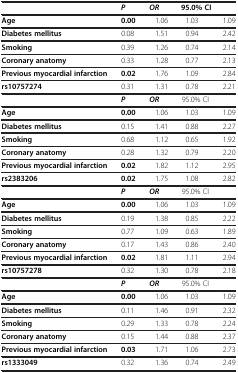
|  | P | OR | 95.0% CI |  |
 | --- | --- | --- | --- | --- |
 | Age | 0.00 | 1.06 | 1.03 | 1.09 |
 | Diabetes mellitus | 0.08 | 1.51 | 0.94 | 2.42 |
 | Smoking | 0.39 | 1.26 | 0.74 | 2.14 |
 | Coronary anatomy | 0.33 | 1.28 | 0.77 | 2.13 |
 | Previous myocardial infarction | 0.02 | 1.76 | 1.09 | 2.84 |
 | rs10757274 | 0.31 | 1.31 | 0.78 | 2.21 |
 |  | P | OR | 95.0% CI |  |
 | Age | 0.00 | 1.06 | 1.03 | 1.09 |
 | Diabetes mellitus | 0.15 | 1.41 | 0.88 | 2.27 |
 | Smoking | 0.68 | 1.12 | 0.65 | 1.92 |
 | Coronary anatomy | 0.28 | 1.32 | 0.79 | 2.20 |
 | Previous myocardial infarction | 0.02 | 1.82 | 1.12 | 2.95 |
 | rs2383206 | 0.02 | 1.75 | 1.08 | 2.82 |
 |  | P | OR | 95.0% CI |  |
 | Age | 0.00 | 1.06 | 1.03 | 1.09 |
 | Diabetes mellitus | 0.19 | 1.38 | 0.85 | 2.22 |
 | Smoking | 0.77 | 1.09 | 0.63 | 1.89 |
 | Coronary anatomy | 0.17 | 1.43 | 0.86 | 2.40 |
 | Previous myocardial infarction | 0.02 | 1.81 | 1.11 | 2.94 |
 | rs10757278 | 0.32 | 1.30 | 0.78 | 2.18 |
 |  | P | OR | 95.0% CI |  |
 | Age | 0.00 | 1.06 | 1.03 | 1.09 |
 | Diabetes mellitus | 0.11 | 1.46 | 0.91 | 2.32 |
 | Smoking | 0.29 | 1.33 | 0.78 | 2.24 |
 | Coronary anatomy | 0.15 | 1.44 | 0.88 | 2.37 |
 | Previous myocardial infarction | 0.03 | 1.71 | 1.06 | 2.73 |
 | rs1333049 | 0.32 | 1.36 | 0.74 | 2.49 |